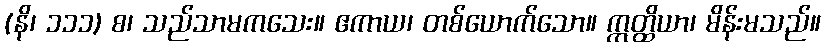
(နိ၊ ၁၁၁) စ၊ သည်သာမကသေး။ ဧကာယ၊ တစ်ယောက်သော။ ဣတ္ထိယာ၊ မိန်းမသည်။